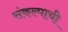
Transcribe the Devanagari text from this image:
संकल्पाची